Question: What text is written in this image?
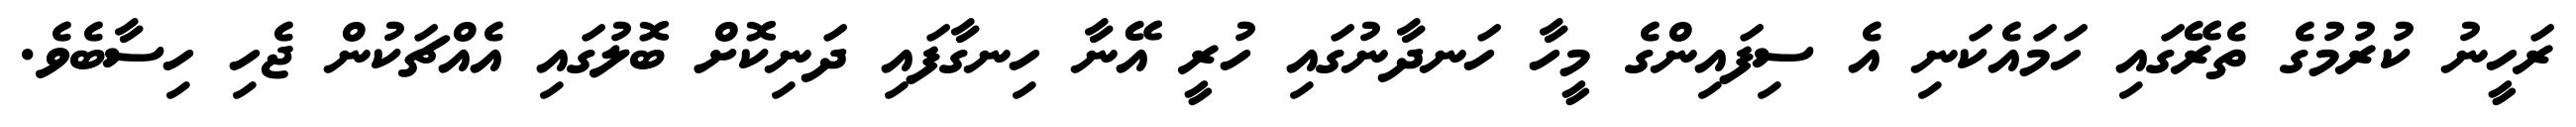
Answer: ރަހީނު ކުރުމުގެ ތެރޭގައި ހަމައެކަނި އެ ސިފައިންގެ މީހާ ހަނދާނުގައި ހުރީ އޭނާ ހިނގާފައި ދަނިކޮށް ބޮލުގައި އެއްޗަކުން ޖެހި ހިސާބެވެ.